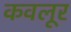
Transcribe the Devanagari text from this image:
कवलूर